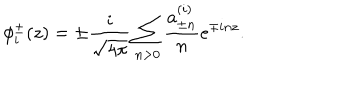
LaTeX: \phi _ { i } ^ { \pm } ( z ) = \pm \frac { i } { \sqrt { 4 \pi } } \sum _ { n > 0 } \frac { a _ { \pm n } ^ { ( i ) } } { n } e ^ { \mp i n z } .